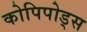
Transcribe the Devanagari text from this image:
कोपिपोड्स